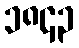
၁၈၄၃